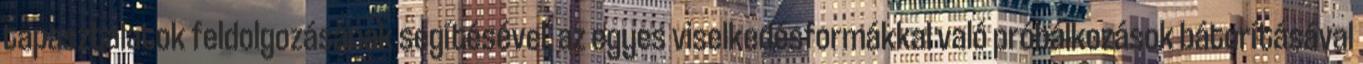
tapasztalatok feldolgozásának segítésével, az egyes viselkedésformákkal való próbálkozások bátorításával